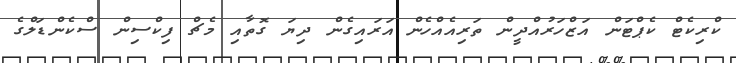
ކްރިކެޓް ކެޕްޓަން އަޒްހަރުއްދީން ތަރިއެއްހެން އަރައިގެން ދިޔަ ގޮތާއި މެޗް ފިކްސިން ސްކެންޑަލްގެ